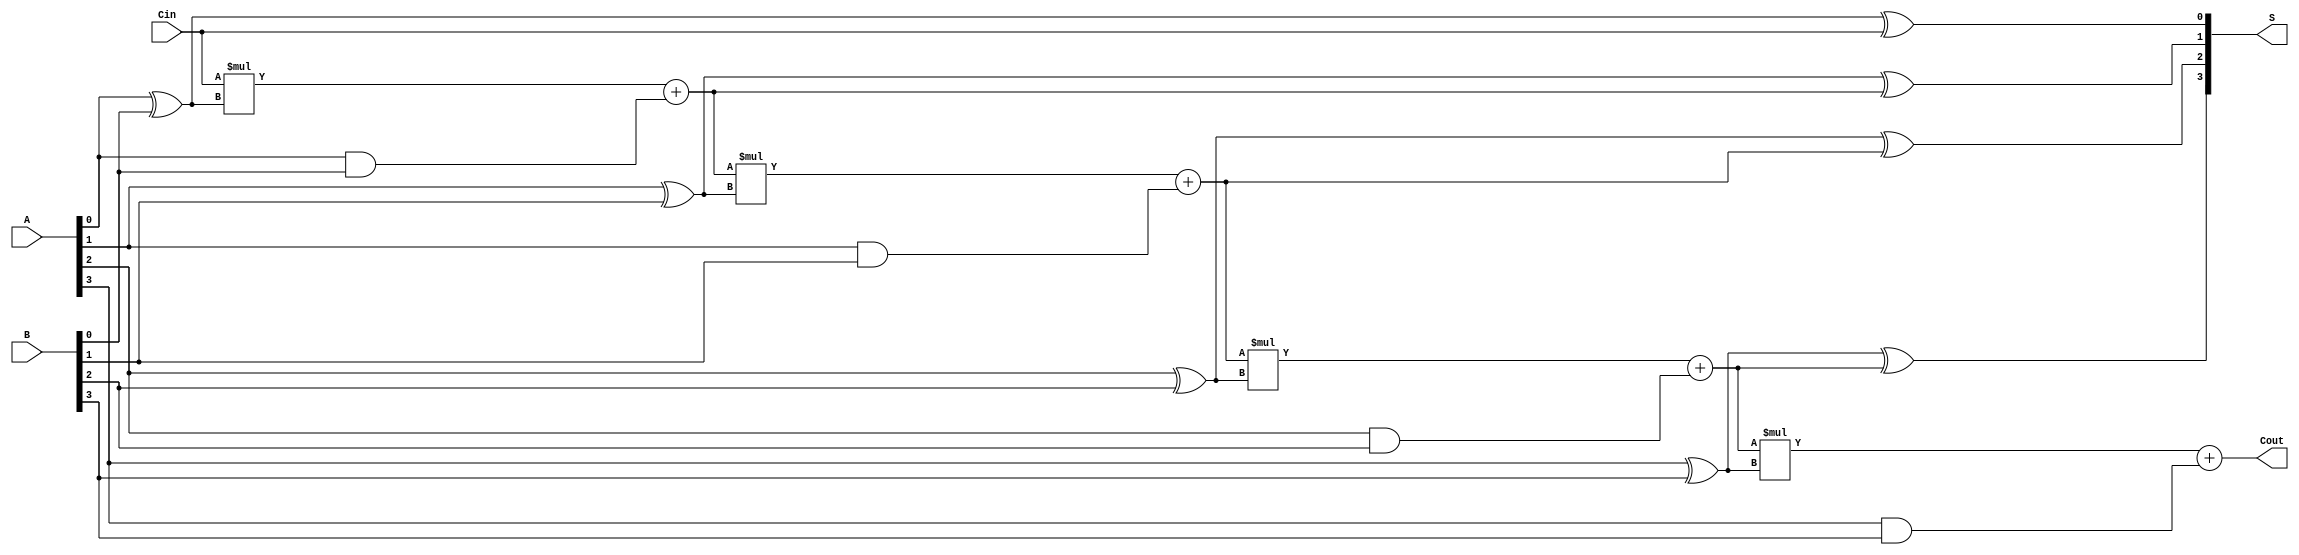
`timescale 1ns / 1ps

module CLA_Adder(
        input Cin,
        input [3:0] A, B,
        output Cout,
        output [3:0] S
    );
    
    wire [3:0] p;
    wire [3:0] G;
    wire [4:0] C;
    
    
    assign p[0] = A[0] ^ B[0];
    assign p[1] = A[1] ^ B[1];
    assign p[2] = A[2] ^ B[2];
    assign p[3] = A[3] ^ B[3];
    
    assign G[0] = A[0] & B[0];    
    assign G[1] = A[1] & B[1];  
    assign G[2] = A[2] & B[2];  
    assign G[3] = A[3] & B[3];  
    
    assign S[0] = p[0] ^ C[0];
    assign S[1] = p[1] ^ C[1];
    assign S[2] = p[2] ^ C[2];
    assign S[3] = p[3] ^ C[3];
    
    assign C[0] = Cin;
    assign C[1] = (C[0] * p[0]) + G[0];
    assign C[2] = (C[1] * p[1]) + G[1];
    assign C[3] = (C[2] * p[2]) + G[2];
    assign C[4] = (C[3] * p[3]) + G[3];
    assign Cout = C[4];
    
endmodule